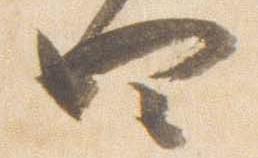
四